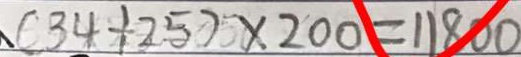
( 3 4 + 2 5 ) \times 2 0 0 = 1 1 8 0 0